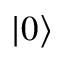
| 0 \rangle